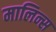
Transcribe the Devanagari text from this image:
मालिन्स